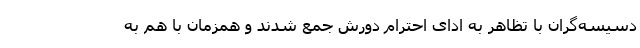
دسیسه‌گران با تظاهر به ادای احترام دورش جمع شدند و همزمان با هم به